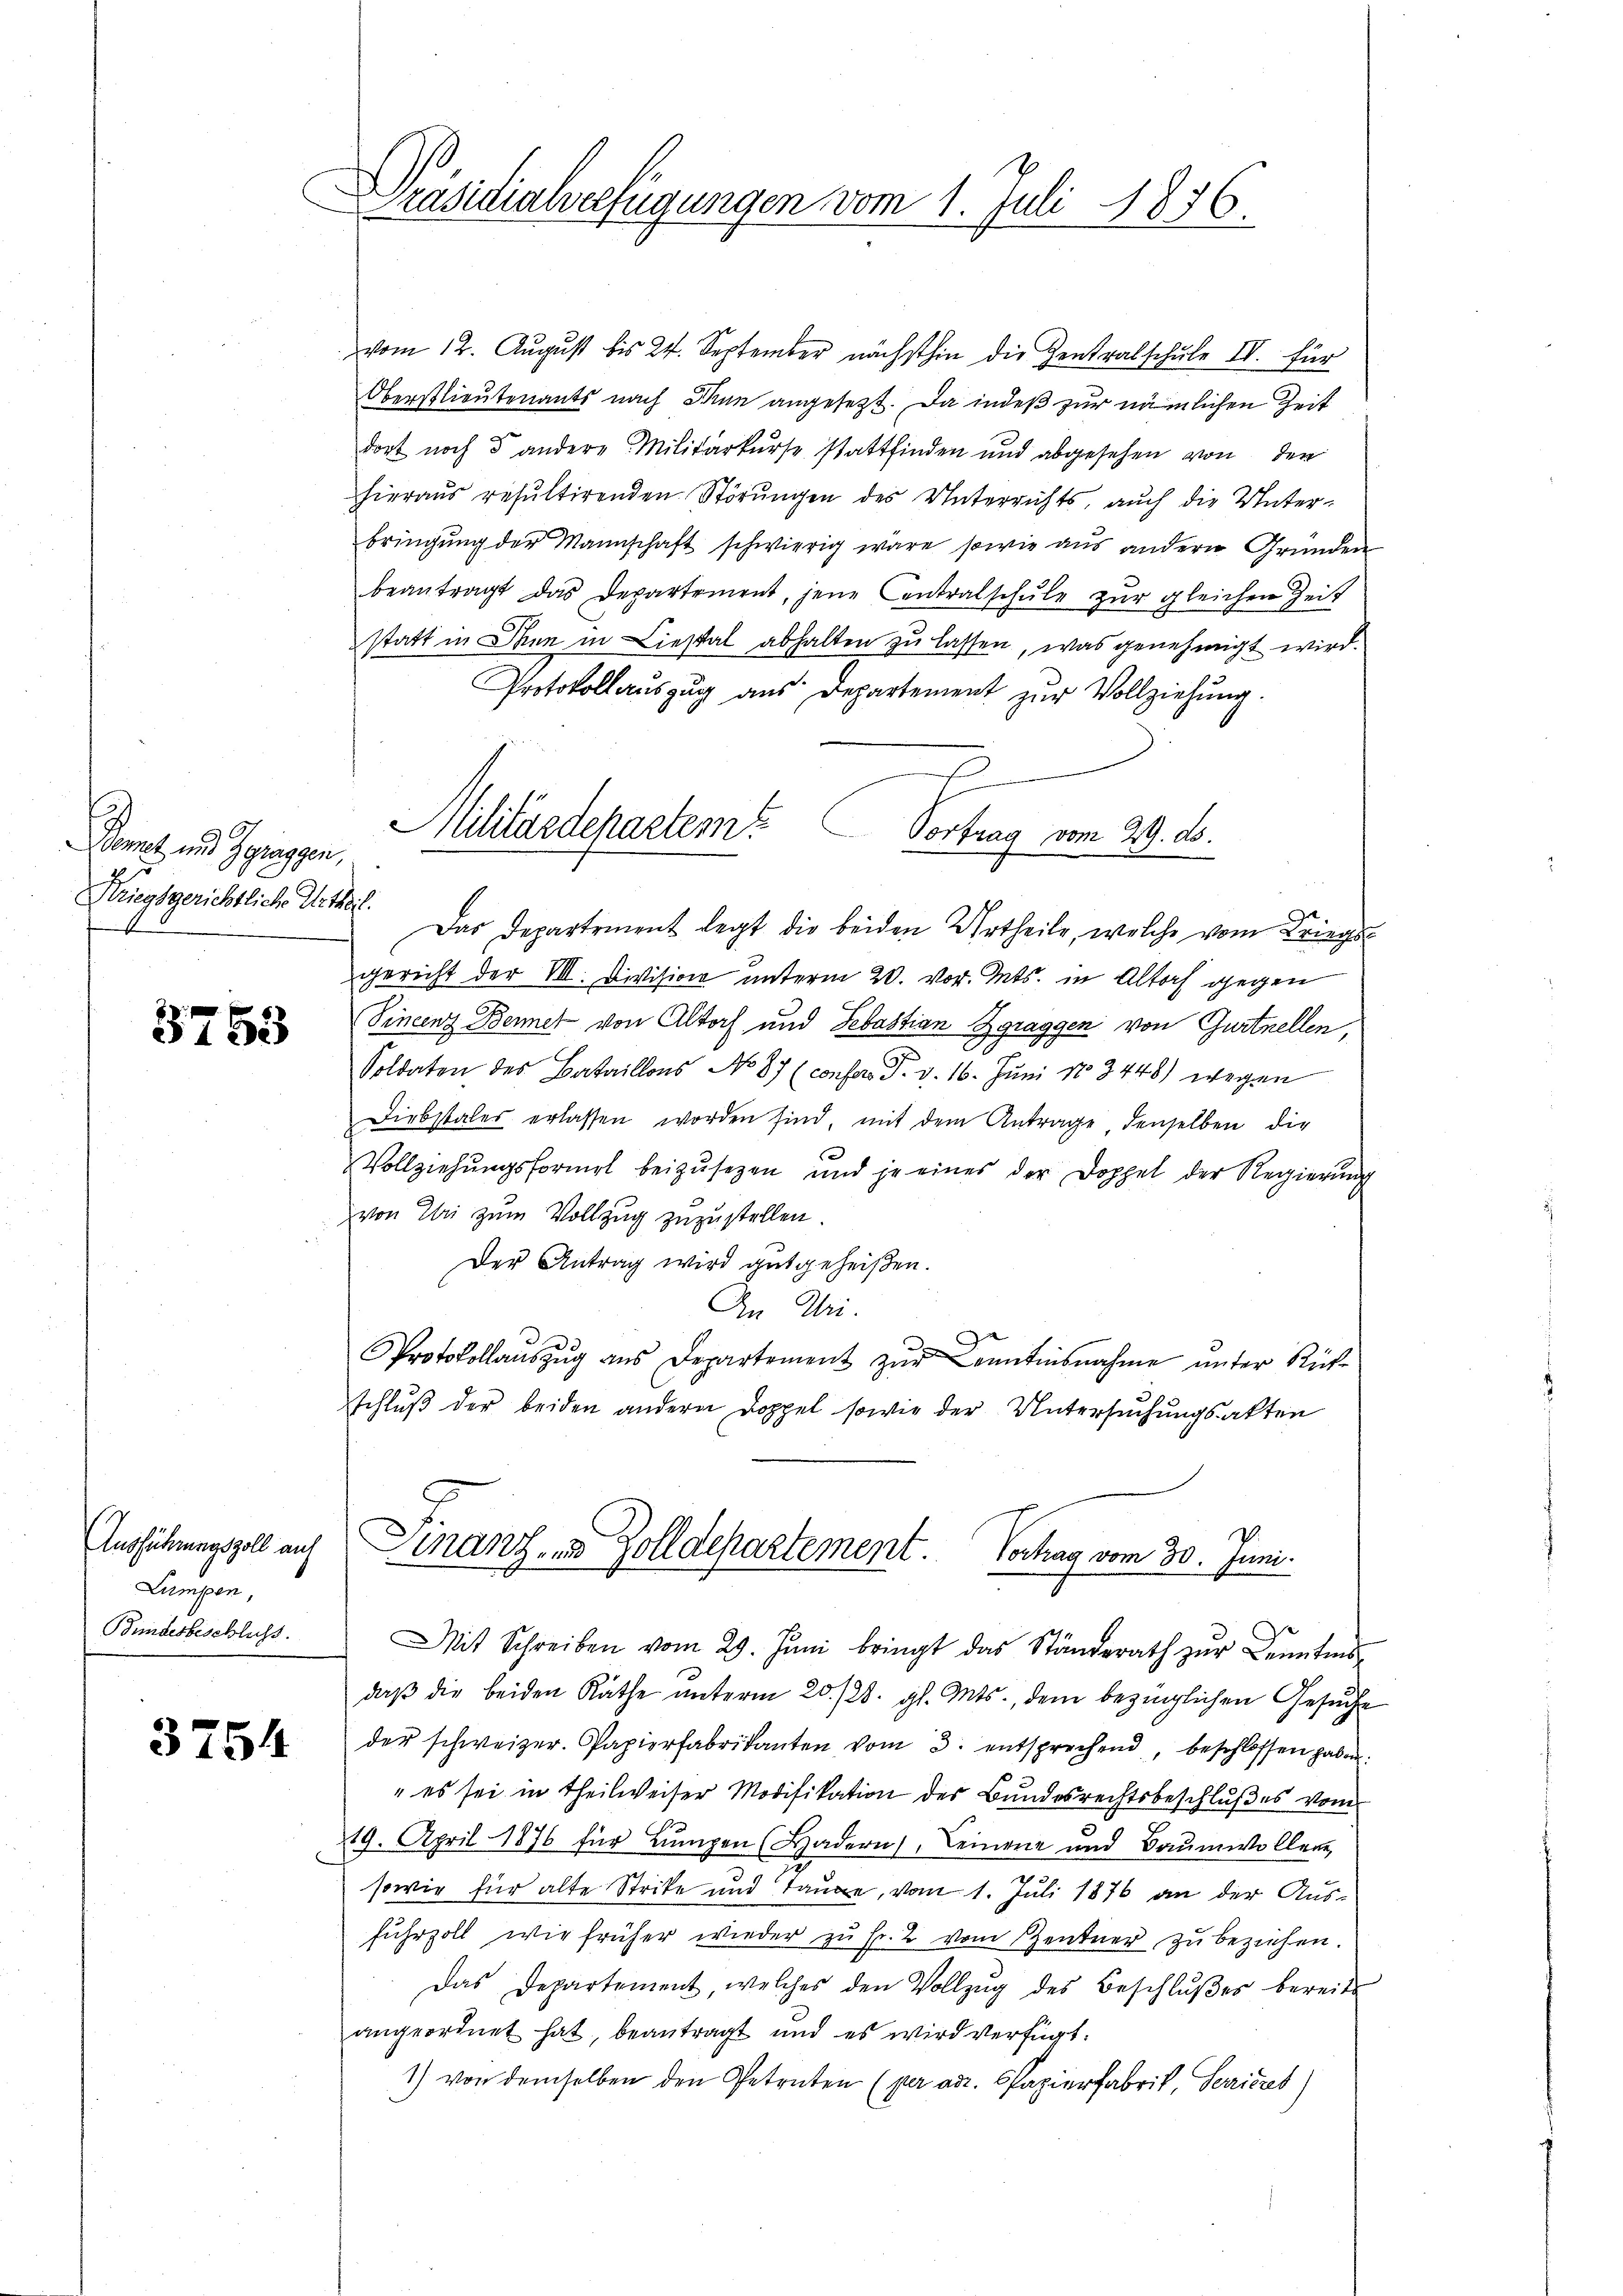
Bonet und Zgraggen,
Kriegsgerichtliche Urtheil.

3753

Ausführungszoll auf
Lumpen,
Bundesbeschluss.

3754

Präsidialverfügungen vom 1. Juli 1876.

vom 12. August bis 24. September nächsthin die Zentralschŭle IV. für
Oberstlieutenants nach Man angesezt. Da indeß zur nämlichen Zeit
dort noch 3 andere Militärkurse stattfinden und abgesehen von den
hieraus resultirenden Störungen des Unterrichts, auch die Unterbringŭng der Mannschaft schwierig wäre sowie aus andern Gründen
beantragt das Departement, jene Centralschŭle zŭr gleichen Zeit
statt in Iten in Liestal abhalten zu lassen, was genehmigt wird.
Protokollauszug aus Departement zŭr Vollziehung.
Das Departement legt die beiden Urtheile, welche vom Kriegs
gericht der VII. Division unterm 20. vor. Mts. in Altorf gegen
Sincenz Bennet von Altorf und Sebastian Zgraggen von Gurtnellen,
Soldaten des Bataillons No 87 (confer. P. v. 16. Juni 183448) wegen
Diebstales erlassen worden sind, mit dem Antrage denselben die
Vollziehungsformel beizusetzen und je eines der Doppel der Regierung
von Uri zum Vollzug zuzustellen.
Der Antrag wird gutgeheißen.
An Uri.
Protokollaŭszŭg aŭs Departement zŭr Kenntnisnahme unter Rück-
schluß der beiden andern Doppel sowie der Untersuchungsakten
Manz, in Zolldepartement Vertrag vom 30. Juni.
Mit Schreiben vom 29. Juni bringt das Ständerath zŭr Kenntnis
daβ die beiden Rathe unterm 20./20. gl. Mts., dem bezüglichen Gesuch
der schweizer. Papierfabrikanten vom 3. entsprechend, beschlossen haben
" es sei in Theilweiser Modifikation des Bundesrechtsbeschlußes vom
19. April 1876 für Lumpen (Hadern), Leinen und Baumwollene,
sowie für alte Strike und Taube, vom 1. Juli 1876 an der Ausfuhrzoll wie früher wieder zu Fr. 2 vom Zentner zu beziehen.
Das Departement, welches den Vollzŭg des Beschlŭβes bereits
angeordnet hat, beantragt und es wird verfügt:
1) von demselben den Getreten (per adr. Spazierfabrik, Serieret)

Militärdepartem Vortrag vom 29. ds.

.